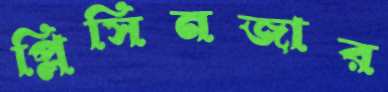
প্লিসিনজার